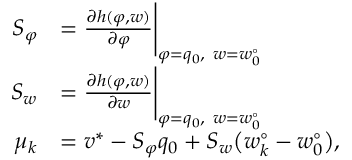
\begin{array} { r l } { S _ { \varphi } } & { = \frac { \partial h ( \varphi , w ) } { \partial \varphi } \Bigg | _ { \varphi = q _ { 0 } , ~ w = w _ { 0 } ^ { \circ } } } \\ { S _ { w } } & { = \frac { \partial h ( \varphi , w ) } { \partial w } \Bigg | _ { \varphi = q _ { 0 } , ~ w = w _ { 0 } ^ { \circ } } } \\ { \mu _ { k } } & { = v ^ { * } - S _ { \varphi } q _ { 0 } + S _ { w } \big ( w _ { k } ^ { \circ } - w _ { 0 } ^ { \circ } \big ) , } \end{array}